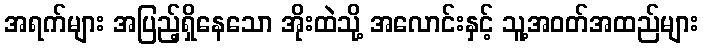
အရက်များ အပြည့်ရှိနေသော အိုးထဲသို့ အလောင်းနှင့် သူ့အဝတ်အထည်များ